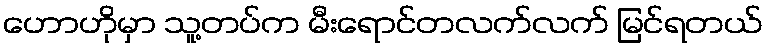
ဟောဟိုမှာ သူ့တပ်က မီးရောင်တလက်လက် မြင်ရတယ်